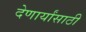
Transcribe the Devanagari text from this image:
देणार्यांसाठी